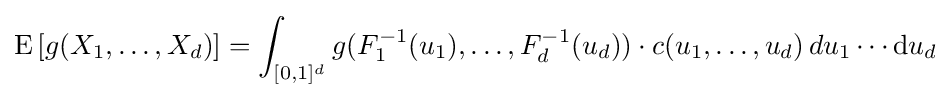
\operatorname {E} \left[g(X_{1},\dots ,X_{d})\right]=\int _{[0,1]^{d}}g(F_{1}^{-1}(u_{1}),\dots ,F_{d}^{-1}(u_{d}))\cdot c(u_{1},\dots ,u_{d})\,du_{1}\cdots \mathrm {d} u_{d}